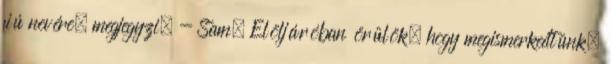
fiú nevére, megjegyzi. - Sam. Elöljáróban örülök, hogy megismerkedtünk,